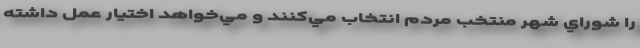
را شوراي شهر منتخب مردم انتخاب مي‌كنند و مي‌خواهد اختيار عمل داشته